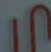
ى